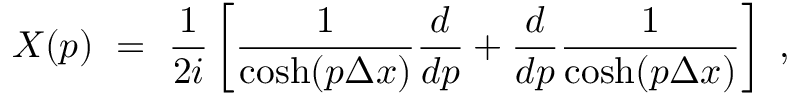
X ( p ) \ = \ { \frac { 1 } { 2 i } } \left[ { \frac { 1 } { \cosh ( p \Delta x ) } } { \frac { d } { d p } } + { \frac { d } { d p } } { \frac { 1 } { \cosh ( p \Delta x ) } } \right] \ ,